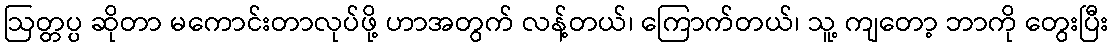
ဩတ္တပ္ပ ဆိုတာ မကောင်းတာလုပ်ဖို့ ဟာအတွက် လန့်တယ်၊ ကြောက်တယ်၊ သူ့ ကျတော့ ဘာကို တွေးပြီး